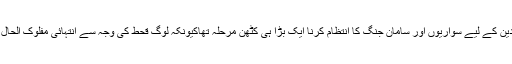
مگر ان تمام مجاہدین کے لیے سواریوں اور سامان جنگ کا انتظام کرنا ایک بڑا ہی کٹھن مرحلہ تھاکیونکہ لوگ قحط کی وجہ سے انتہائی مفلوک الحال اور پریشان تھے۔